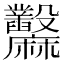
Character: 𪎲